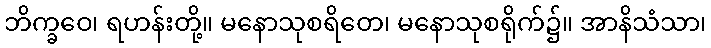
ဘိက္ခဝေ၊ ရဟန်းတို့။ မနောသုစရိတေ၊ မနောသုစရိုက်၌။ အာနိသံသာ၊